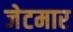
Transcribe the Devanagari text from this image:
जेटमार